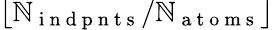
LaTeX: \lfloor\mathbb{N}_{\mathrm{{~i~n~d~p~n~t~s~}}}/\mathbb{N}_{\mathrm{{~a~t~o~m~s~}}}\rfloor